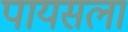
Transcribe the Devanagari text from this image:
पायसला